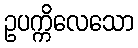
ဥပက္ကိလေသော